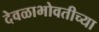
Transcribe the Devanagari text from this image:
देवळाभोवतीच्या